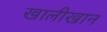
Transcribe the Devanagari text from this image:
खालीखान